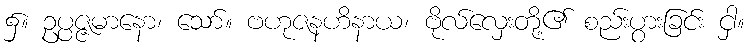
၌။ ဥပ္ပဇ္ဇမာနော၊ သော်။ ဗဟုဇနဟိနာယ၊ ဗိုလ်လှေးတို့၏ စည်းပွားခြင်း ငှါ။